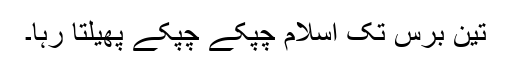
تین برس تک اسلام چپکے چپکے پھیلتا رہا۔